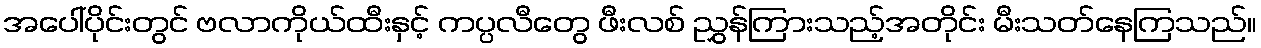
အပေါ်ပိုင်းတွင် ဗလာကိုယ်ထီးနှင့် ကပ္ပလီတွေ ဖီးလစ် ညွှန်ကြားသည့်အတိုင်း မီးသတ်နေကြသည်။